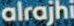
alrajhi